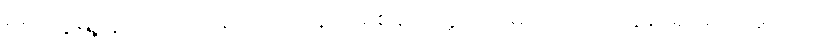
စစ်တွေမြို့တွင်ကျင်းပနေသည့် ကိန်းဘရစ်ချ်တက္ကသိုလ်မှ သေးငယ်လွန်း ရှင်တော်မူသည်